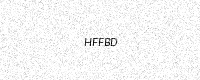
Text: HFFBD